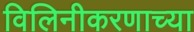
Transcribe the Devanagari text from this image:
विलिनीकरणाच्या